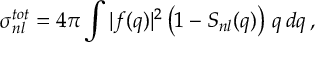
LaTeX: \sigma _ { n l } ^ { t o t } = 4 \pi \int | f ( q ) | ^ { 2 } \left( 1 - S _ { n l } ( q ) \right) \, q \, d q \, ,